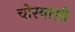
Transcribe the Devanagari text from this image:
चोरयासी